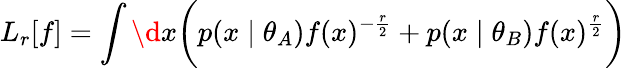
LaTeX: L_{r}[f]=\int\d{x}\bigg(p(x\mid\theta_{A})f(x)^{-\frac{r}{2}}+p(x\mid\theta_{B})f(x)^{\frac{r}{2}}\bigg)